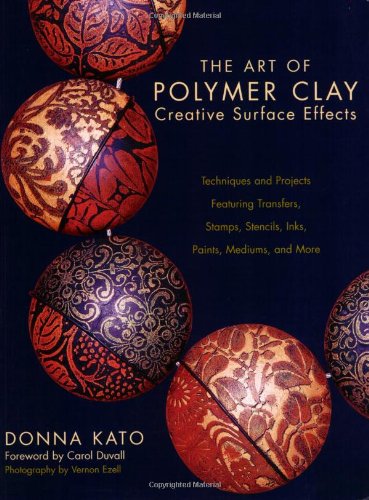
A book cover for The Art of Polymer Clay Creative Surface Effects: Techniques and Projects Featuring Transfers, Stamps, Stencils, Inks, Paints, Mediums, and More; Donna Kato; Crafts, Hobbies & Home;